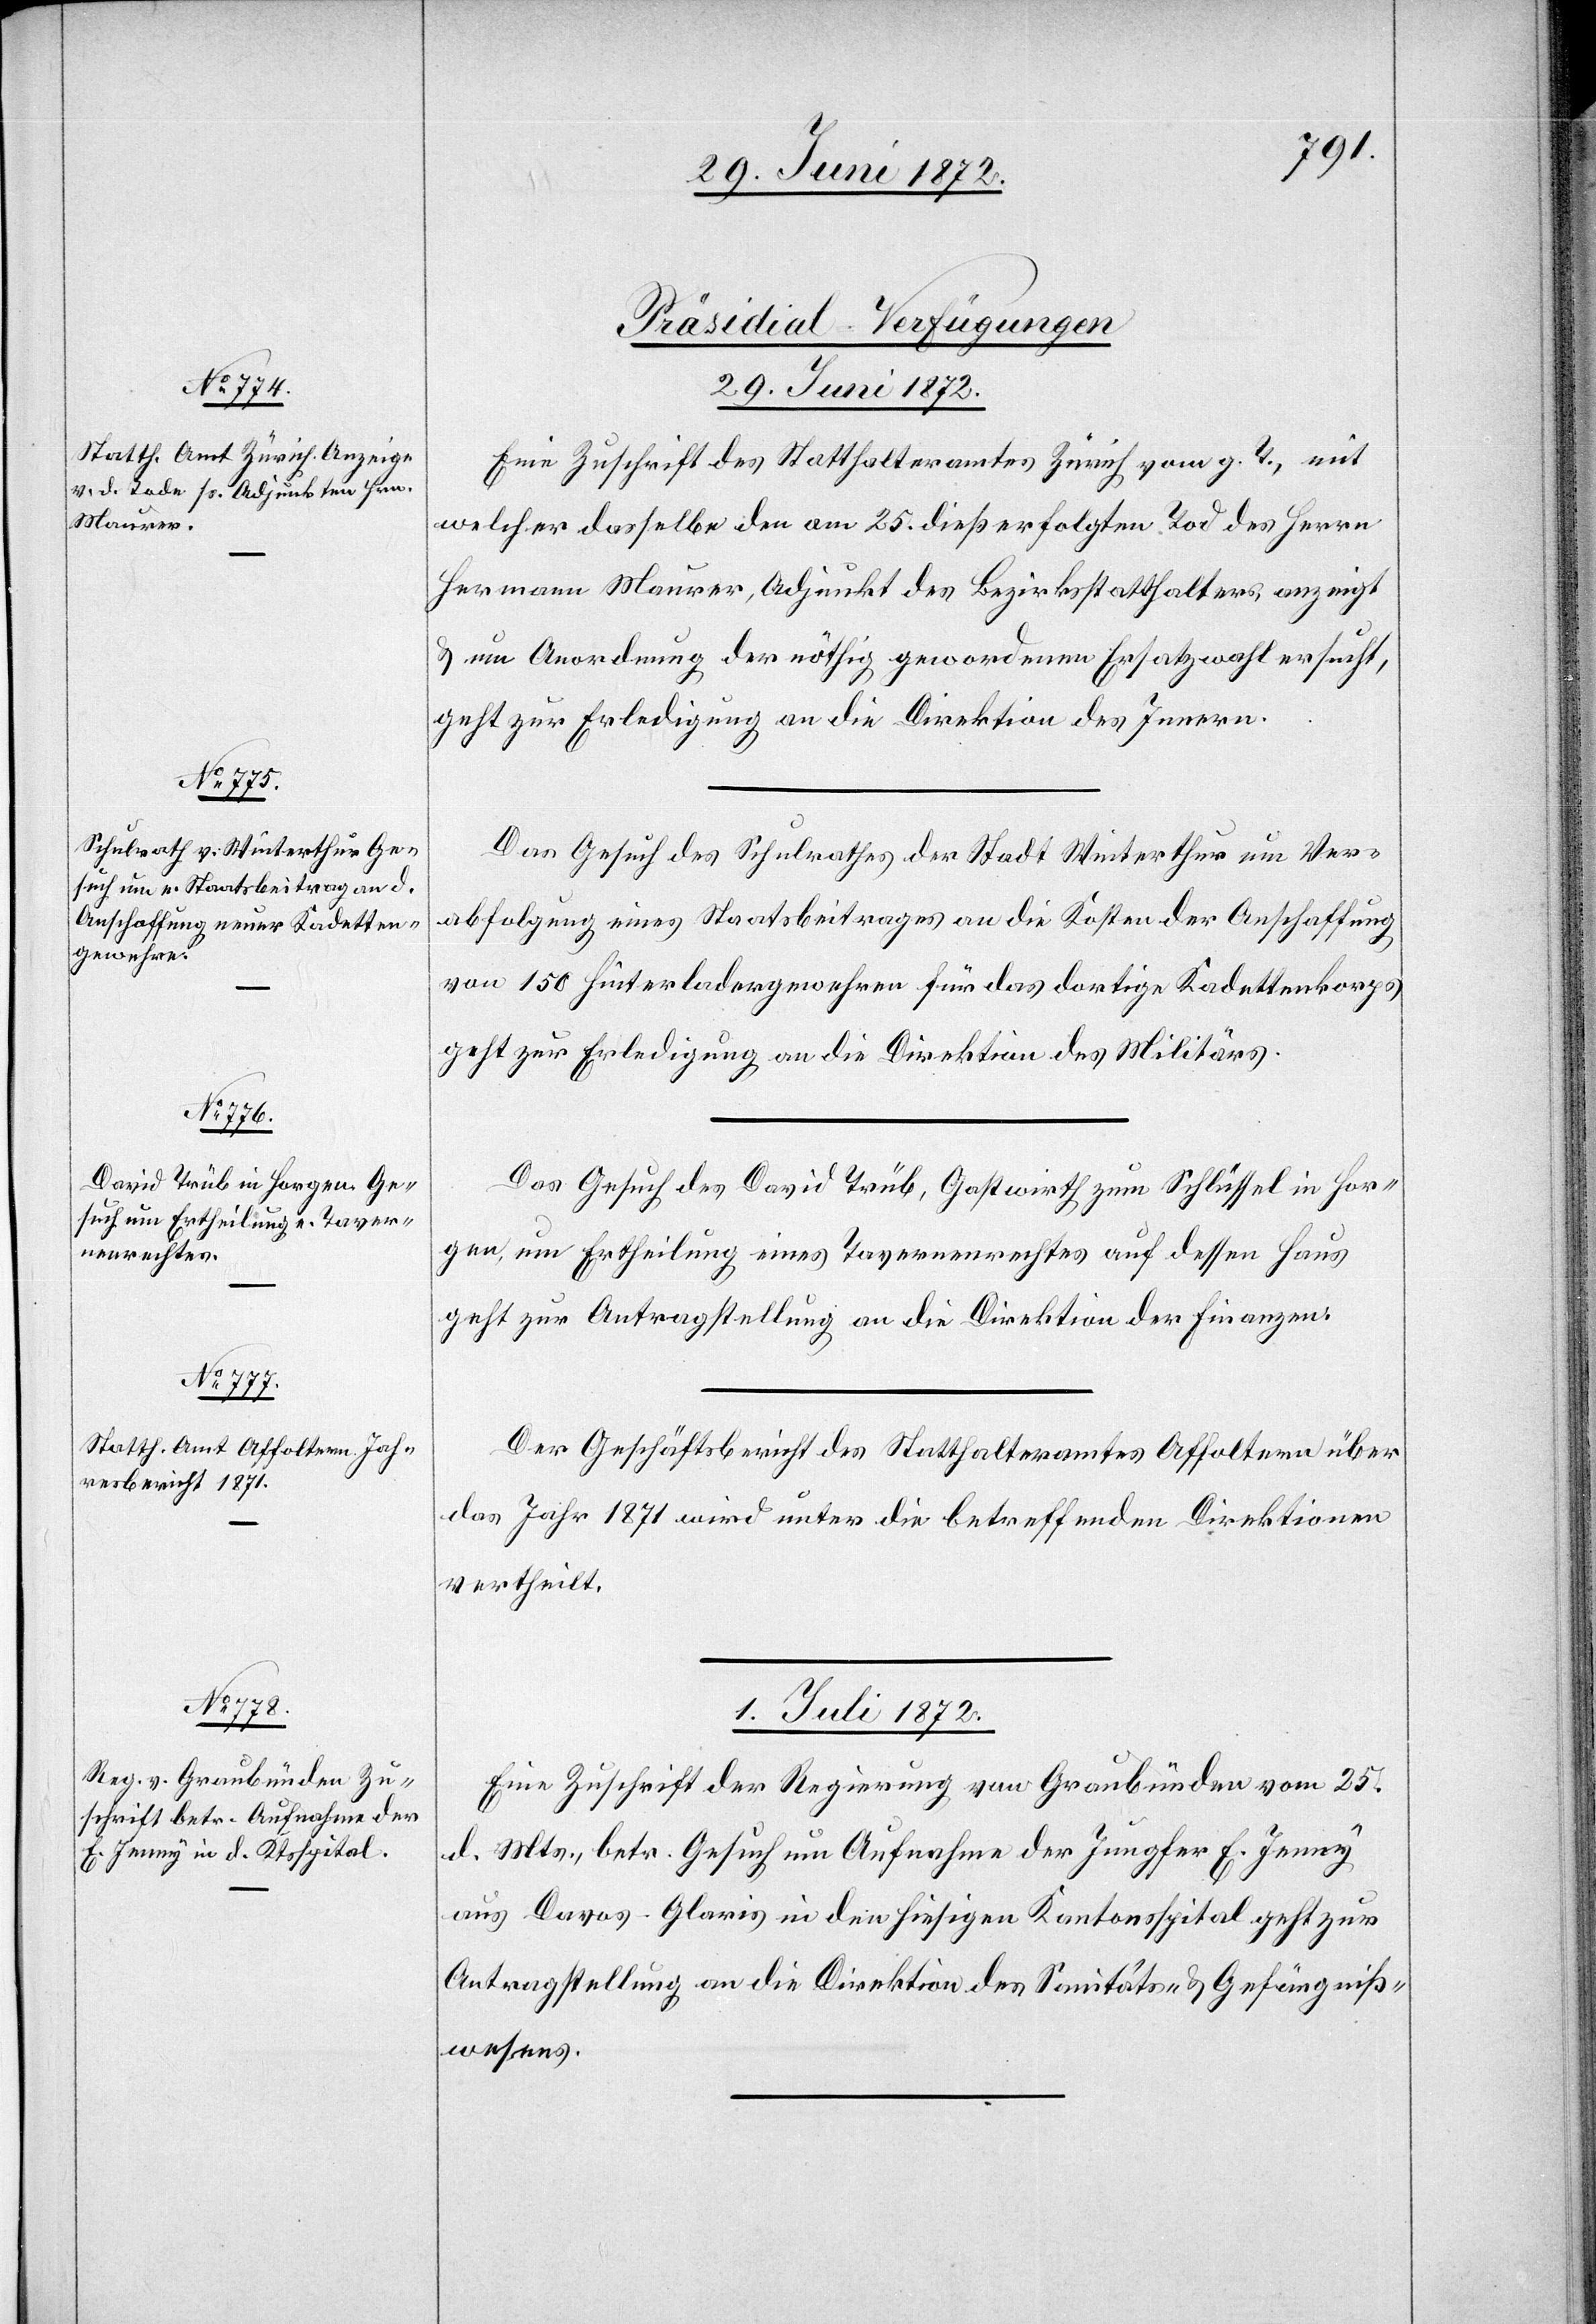
[Präsidial-Verfügungen]
29. Juni 1872.]
Eine Zuschrift des Statthalteramtes Zürich vom g. T., mit
welcher dasselbe den am 25. dieß erfolgten Tod des Herrn
Hermann Maurer, Adjunkt des Bezirksstatthalters, anzeigt
u. um Anordnung der nöthig gewordenen Ersatzwahl ersucht,
geht zur Erledigung an die Direktion des Innern.
Das Gesuch des Schulrathes der Stadt Winterthur um Ver¬
abfolgung eines Staatsbeitrages an die Kosten der Anschaffung
von 150 Hinterladergewehren für das dortige Kadettenkorps
geht zur Erledigung an die Direktion des Militärs.
Das Gesuch des David Trüb, Gastwirth zum Schlüssel in Hor¬
gen, um Ertheilung eines Tavernenrechtes auf dessen Haus
geht zur Antragstellung an die Direktion der Finanzen.
Der Geschäftsbericht des Statthalteramtes Affoltern über
das Jahr 1871 wird unter die betreffenden Direktionen
vertheilt.
1. Juli 1872.
Eine Zuschrift der Regierung von Graubünden vom 25.
d. Mts., betr. Gesuch um Aufnahme der Jungfer E. Jenny
aus Davod-Glaris in den hiesigen Kantonsspital geht zur
Antragstellung an die Direktion des Sanitäts- u. Gefängniß¬
wesens.